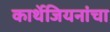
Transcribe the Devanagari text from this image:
कार्थेजियनांचा